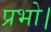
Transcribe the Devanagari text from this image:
प्रभो।